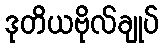
ဒုတိယဗိုလ်ချုပ်